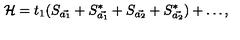
{ \cal H } = t _ { 1 } ( S _ { \vec { a _ { 1 } } } + S _ { \vec { a _ { 1 } } } ^ { * } + S _ { \vec { a _ { 2 } } } + S _ { \vec { a _ { 2 } } } ^ { * } ) + \ldots ,